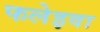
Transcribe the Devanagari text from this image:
फलेइवा